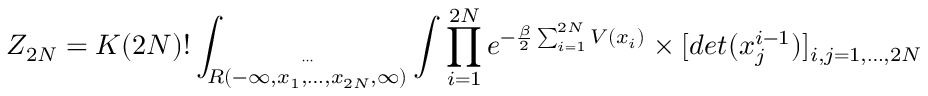
{ \cal Z } _ { 2 N } = K ( 2 N ) ! \int _ { \stackrel { \cdots } { R ( - \infty , x _ { 1 } , \ldots , x _ { 2 N } , \infty ) } } \int \prod _ { i = 1 } ^ { 2 N } e ^ { - \frac { \beta } { 2 } \sum _ { i = 1 } ^ { 2 N } V ( x _ { i } ) } \times [ d e t ( x _ { j } ^ { i - 1 } ) ] _ { i , j = 1 , \ldots , 2 N }